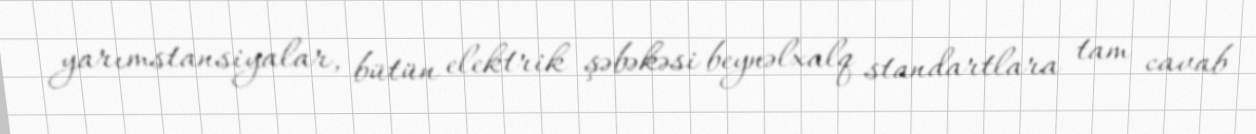
yarımstansiyalar, bütün elektrik şəbəkəsi beynəlxalq standartlara tam cavab